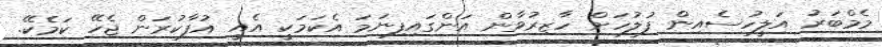
މެމްބަރު އަލީހުސެއިން ފުލުހަށް ހާޒިރުވާން އަންގައިފިނަމަ އެކަމަކީ އެއީ އުފާކުރަން ޖެހޭ ކަމެކޭ.